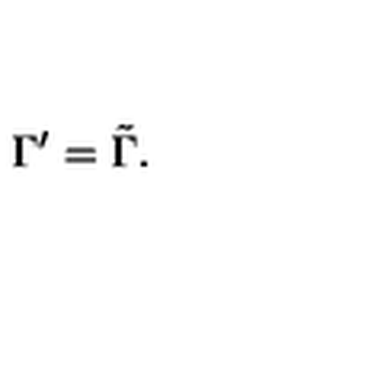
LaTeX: \Gamma ^ { \prime } = \tilde { \Gamma } .